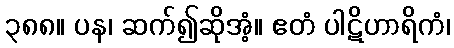
၃၈၈။ ပန၊ ဆက်၍ဆိုအံ့။ ဧတံ ပါဋိဟာရိကံ၊